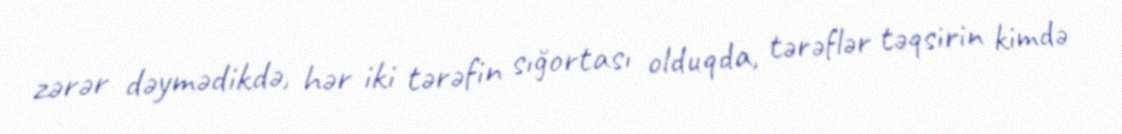
zərər dəymədikdə, hər iki tərəfin sığortası olduqda, tərəflər təqsirin kimdə